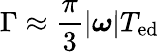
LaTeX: \Gamma\approx\frac{\pi}{3}\lvert\boldsymbol{\omega}\rvert T_{\textrm{ed}}